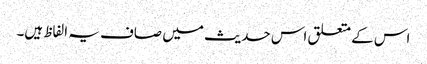
اس کے متعلق اس حدیث میں صاف یہ الفاظ ہیں۔